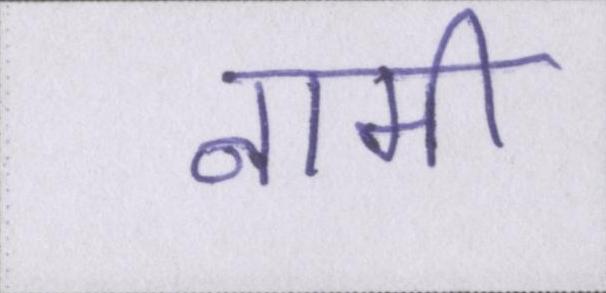
नामी